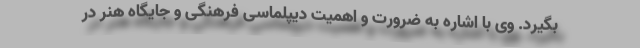
بگیرد. وی با اشاره به ضرورت و اهمیت دیپلماسی فرهنگی و جایگاه هنر در